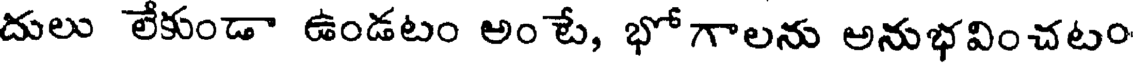
దులు లేకుండా ఉండటం అం టే, భోగాలను అనుభవించటం